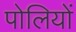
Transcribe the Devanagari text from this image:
पोलियों